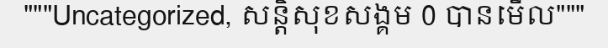
"""Uncategorized, សន្តិសុខសង្គម 0 បានមើល"""